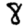
Digit: 8